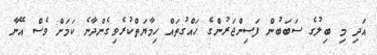
އަދި މި ބިލުގެ ސަބަބުން ފަސިންޖަރުންގެ ހައްގުތައް ހިމާޔަތްކުރެވިގެންދާނެ ކަމަށް ވެސް އޭނާ